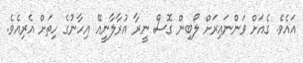
އައެވެ. ގެއަށް ވަންނައިރަށް ލޯބިން ގޮސް ނީރާ އުރާލާނީއޭ އިހާނުގެ ހިތަށް އެރިއެވެ.